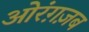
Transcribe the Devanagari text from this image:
ओरंग़ज़ब